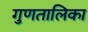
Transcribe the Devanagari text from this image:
गुणतालिका